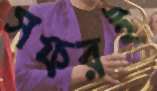
সফরই